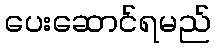
ပေးဆောင်ရမည်